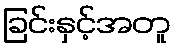
ခြင်းနှင့်အတူ